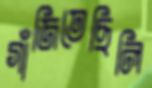
গাঁজিতেছিলি